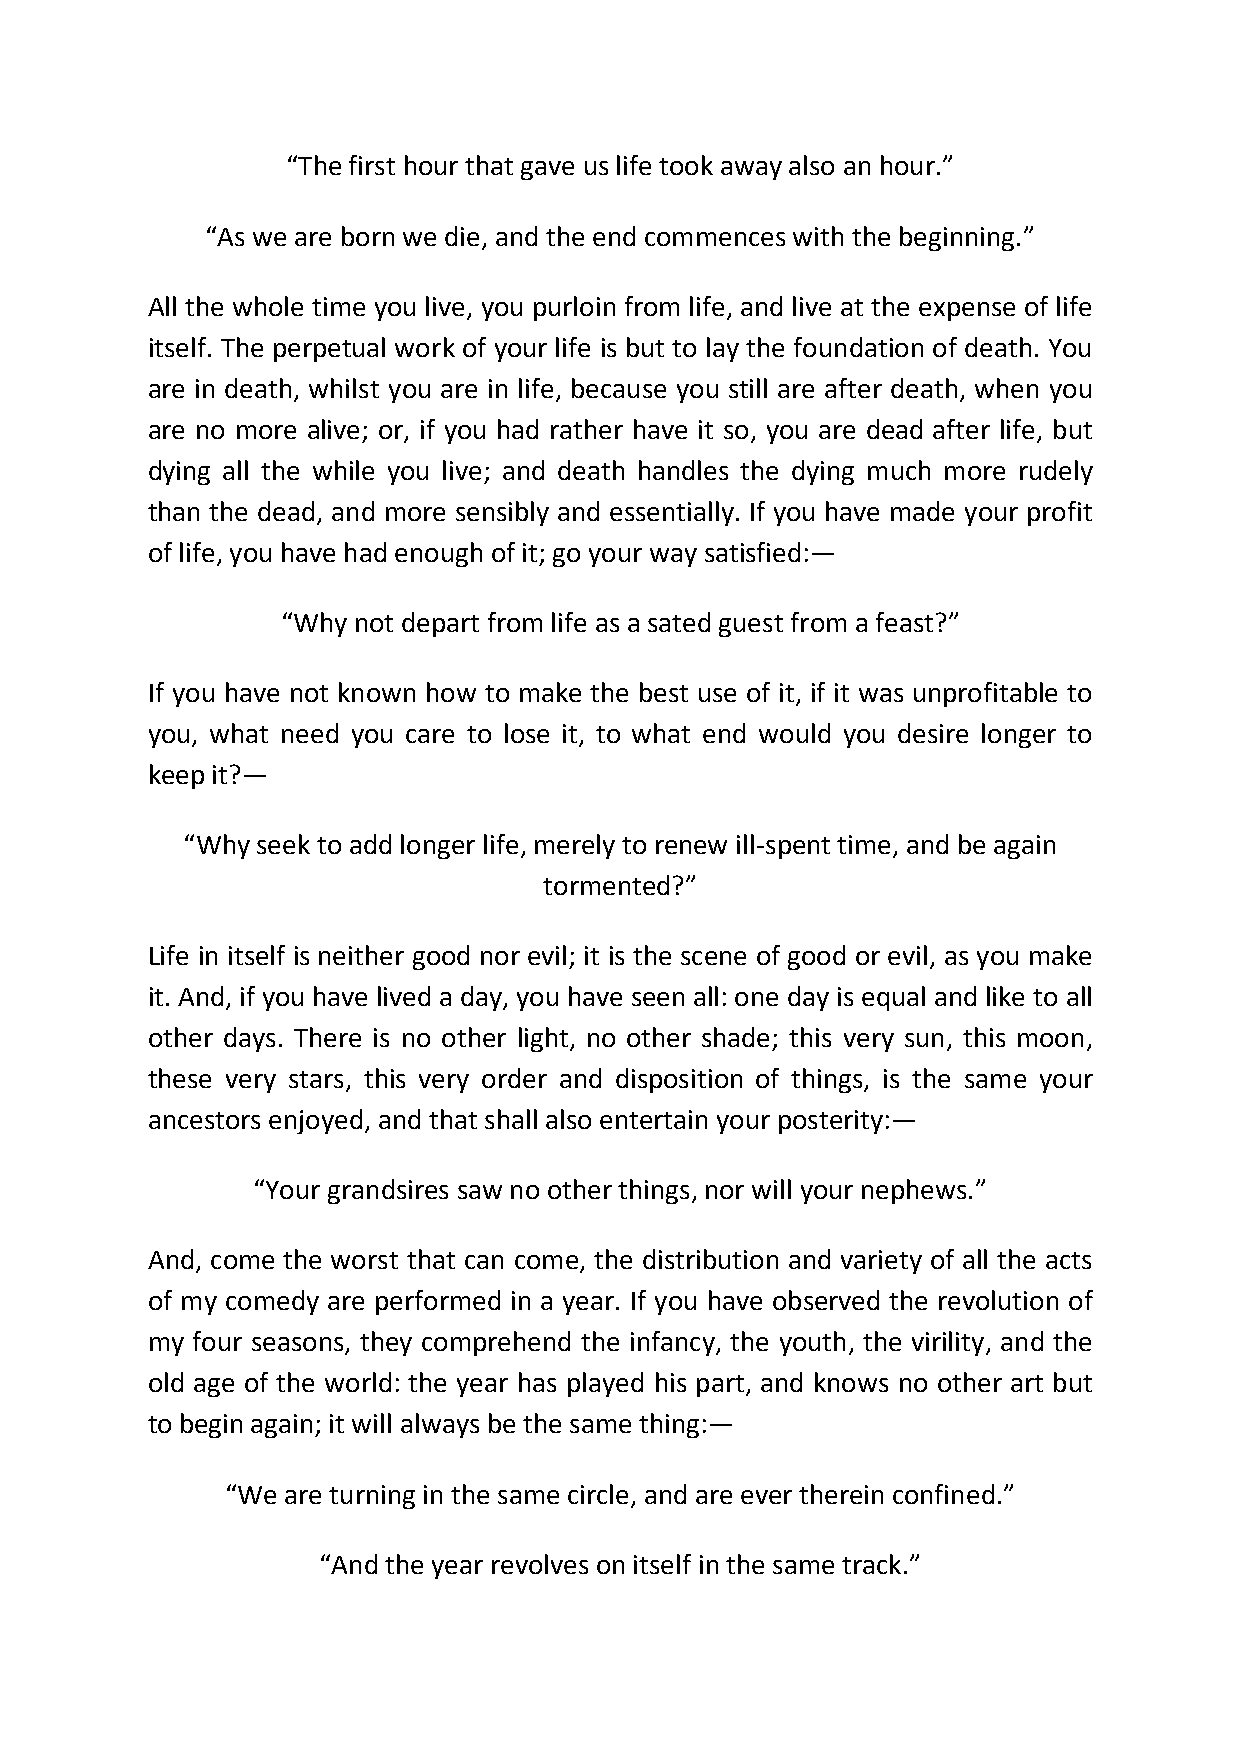
“The first hour that gave us life took away also an hour.”
 “As we are born we die, and the end commences with the beginning.”
 All the whole time you live, you purloin from life, and live at the expense of life
 itself. The perpetual work of your life is but to lay the foundation of death. You
 are in death, whilst you are in life, because you still are after death, when you
 are no more alive; or, if you had rather have it so, you are dead after life, but
 dying all the while you live; and death handles the dying much more rudely
 than the dead, and more sensibly and essentially. If you have made your profit
 of life, you have had enough of it; go your way satisfied:—
 “Why not depart from life as a sated guest from a feast?”
 If you have not known how to make the best use of it, if it was unprofitable to
 you, what need you care to lose it, to what end would you desire longer to
 keep it?—
 “Why seek to add longer life, merely to renew ill-spent time, and be again
 tormented?”
 Life in itself is neither good nor evil; it is the scene of good or evil, as you make
 it. And, if you have lived a day, you have seen all: one day is equal and like to all
 other days. There is no other light, no other shade; this very sun, this moon,
 these very stars, this very order and disposition of things, is the same your
 ancestors enjoyed, and that shall also entertain your posterity:—
 “Your grandsires saw no other things, nor will your nephews.”
 And, come the worst that can come, the distribution and variety of all the acts
 of my comedy are performed in a year. If you have observed the revolution of
 my four seasons, they comprehend the infancy, the youth, the virility, and the
 old age of the world: the year has played his part, and knows no other art but
 to begin again; it will always be the same thing:—
 “We are turning in the same circle, and are ever therein confined.”
 “And the year revolves on itself in the same track.”